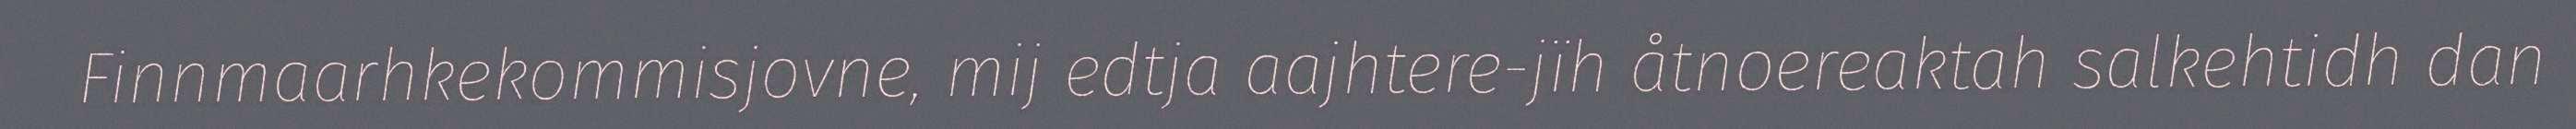
Finnmaarhkekommisjovne, mij edtja aajhtere-jïh åtnoereaktah salkehtidh dan